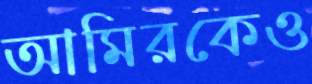
আমিরকেও